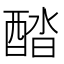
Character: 𨡍